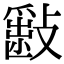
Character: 𣀎